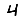
Digit: 4